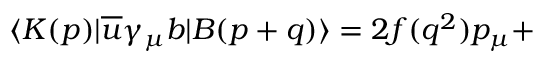
\langle K ( p ) | \overline { { { u } } } \gamma _ { \mu } b | B ( p + q ) \rangle = 2 f ( q ^ { 2 } ) p _ { \mu } +